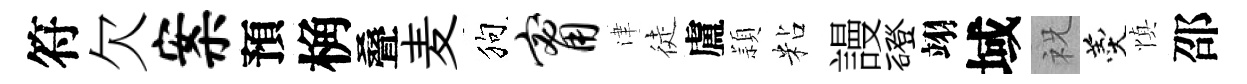
符欠案預桷叠麦狗甯津徒盧頴粘謾磴翊域祝羹慎邵